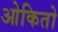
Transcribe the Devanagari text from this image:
ओकितो